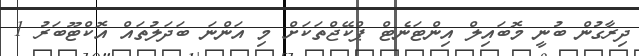
ދިރާގުން ބުނީ މޮބައިލް އިންޓަނެޓް ޕްކޭޖްތަކަށް މި އަންނަ ބަދަލުތައް އޮކްޓޫބަރު 1